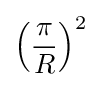
\left({\frac {\pi }{R}}\right)^{2}